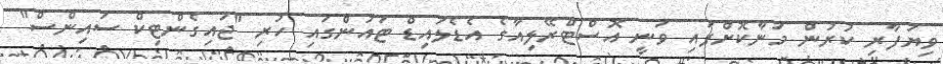
ވިޔަފާރި ކުރުން މަނާކޮށްފައި ވަނީ އޮސްޓްރޭލިއާގެ އެޑެލައިޑް ޓައުންގައި ހުރި "ޖައިގެންޓިކް ސައިންސް"